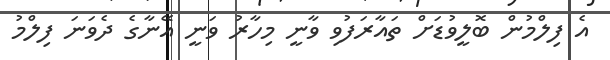
އެ ފިލްމުން ބޮލީވުޑަށް ތައާރަފުވި ވާނީ މިހާރު ވަނީ އޭނާގެ ދެވަނަ ފިލްމު